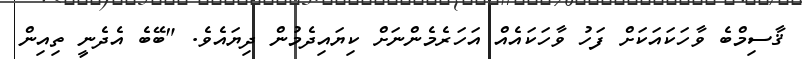
ޤާސިމްބެ ވާހަކައަކަށް ފަހު ވާހަކައެއް އަހަރެމެންނަށް ކިޔައިދެމުން ދިޔައެވެ. "ބޭބެ އެދެނީ ތިއިން